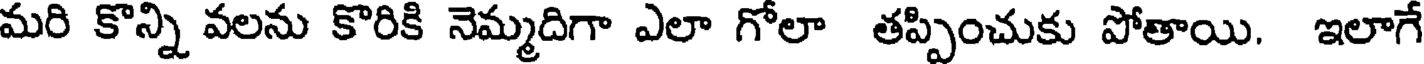
మరి కొన్ని వలను కొరికి నెమ్మదిగా ఎలా గోలా తప్పించుకు పోతాయి. ఇలాగే